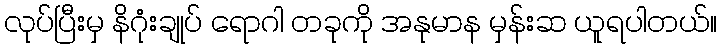
လုပ်ပြီးမှ နိဂုံးချုပ် ရောဂါ တခုကို အနုမာန မှန်းဆ ယူရပါတယ်။